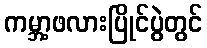
ကမ္ဘာ့ဖလားပြိုင်ပွဲတွင်